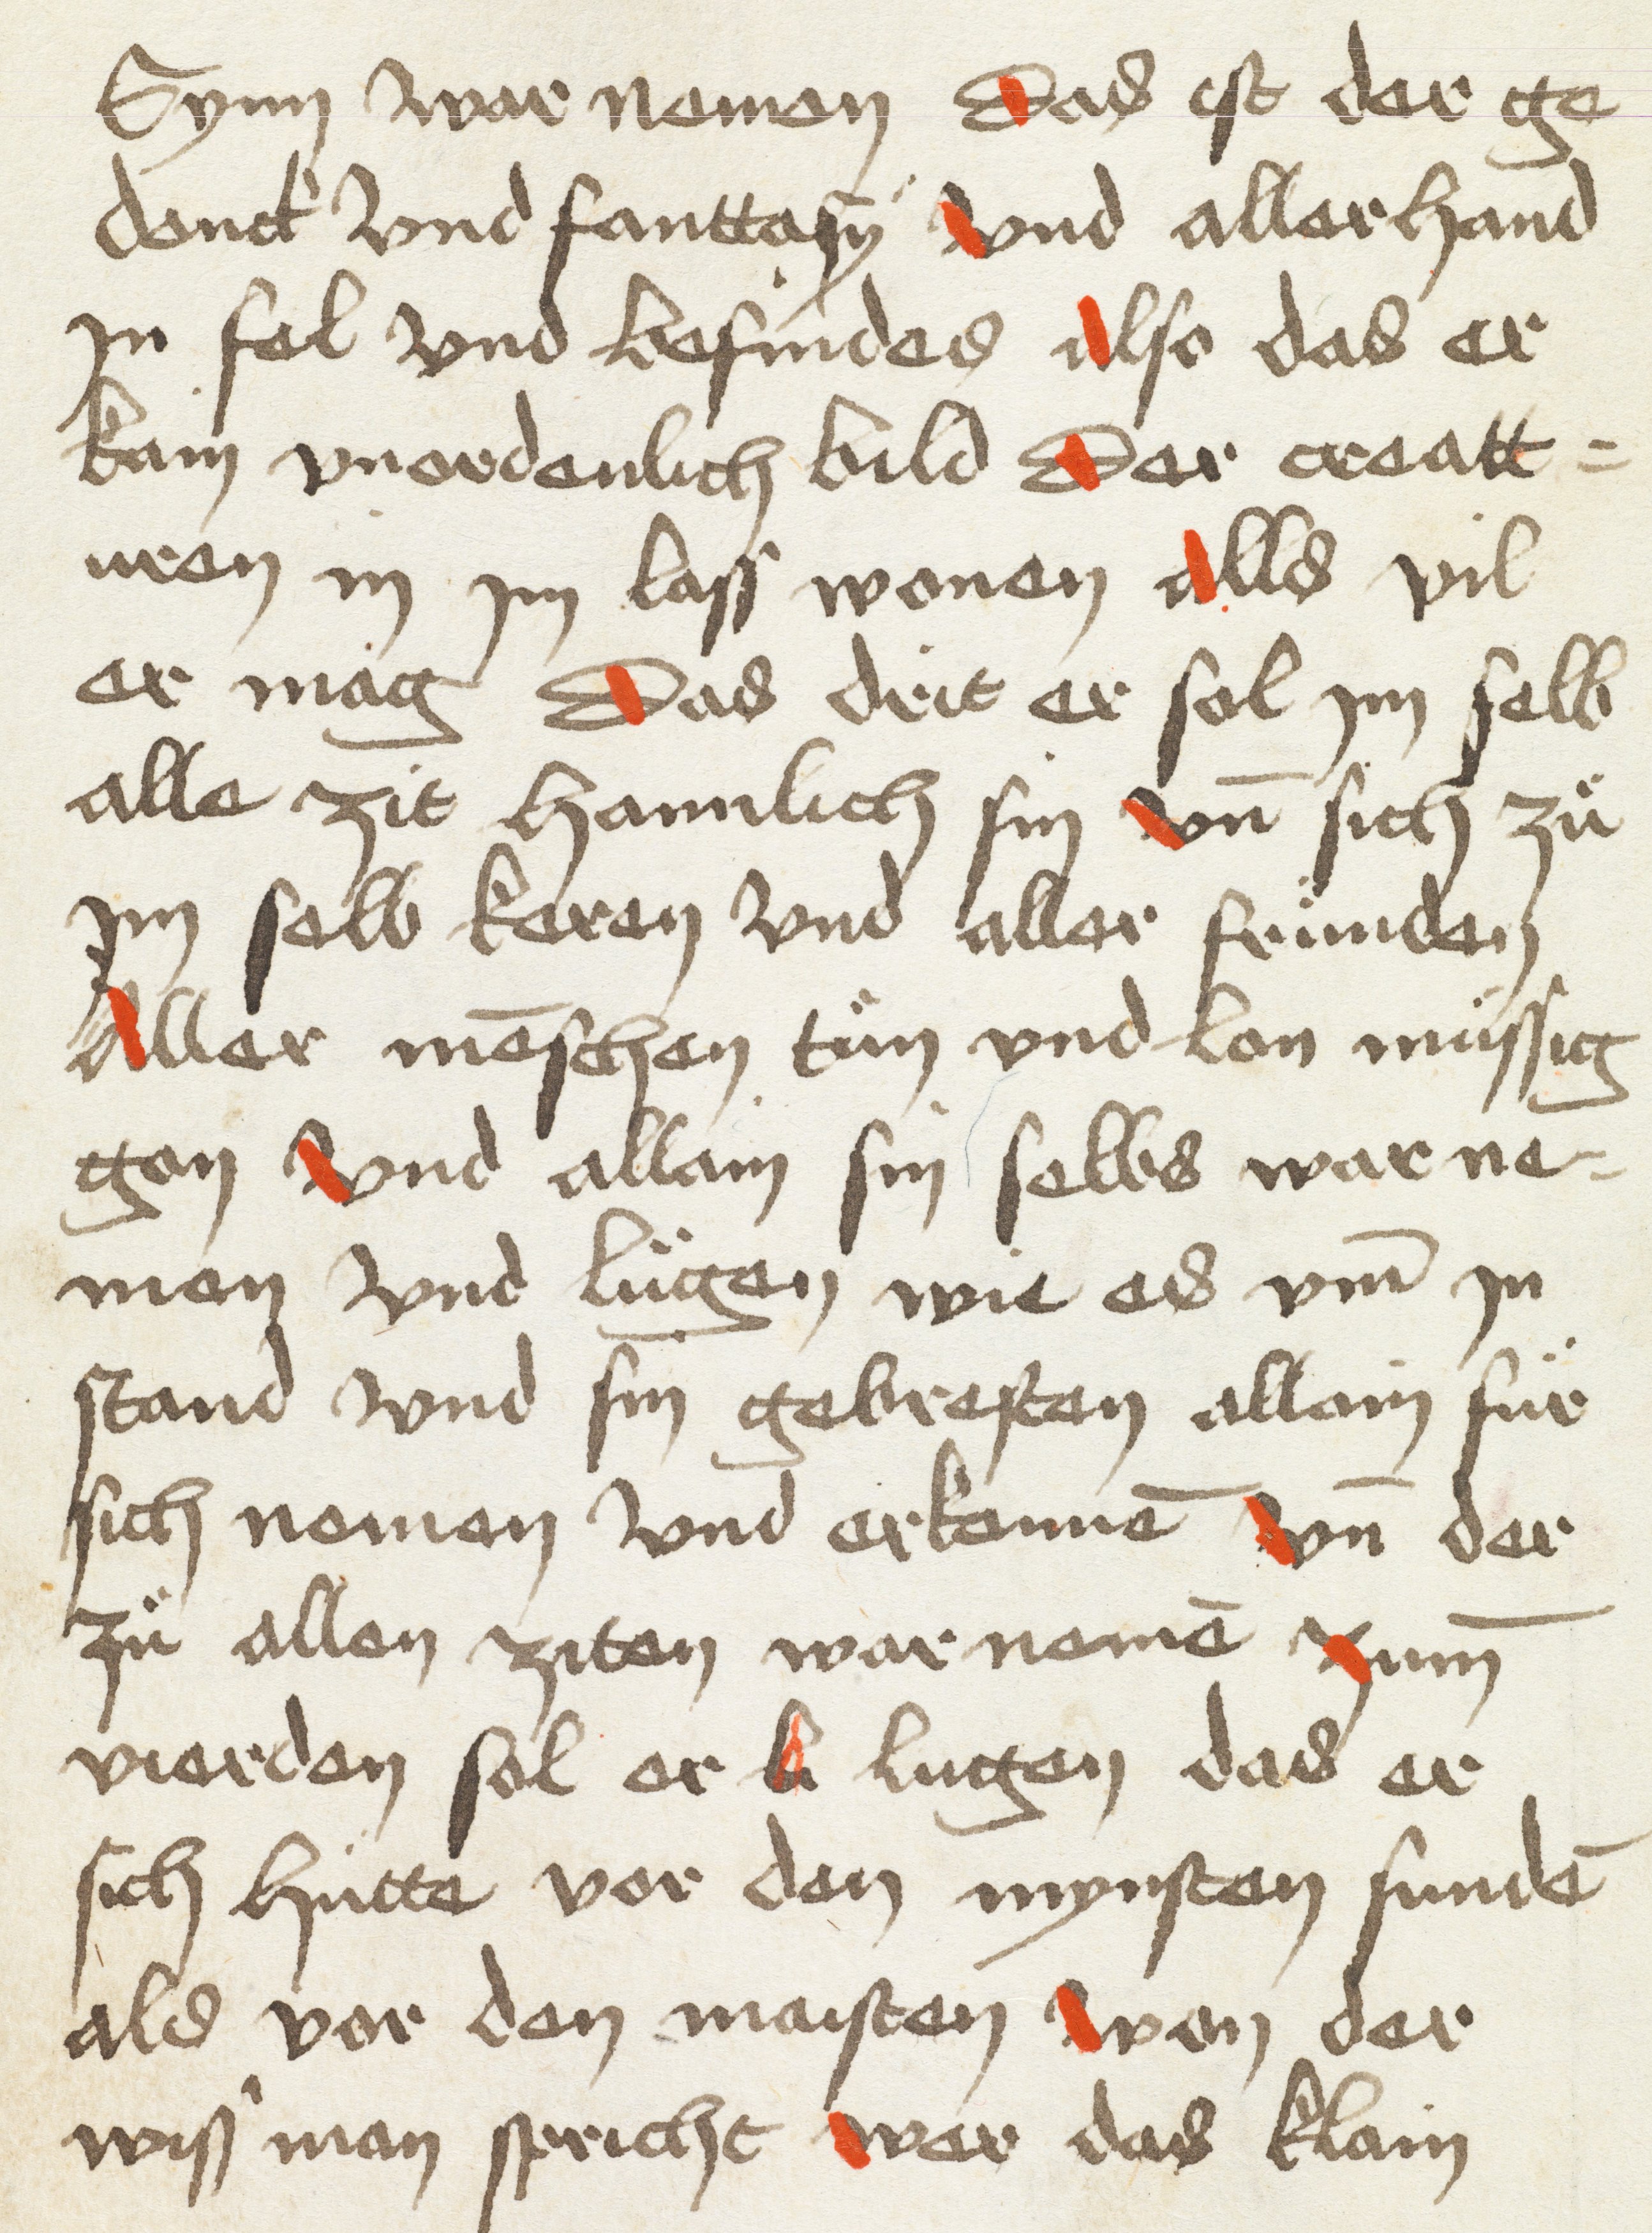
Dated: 1498–1498